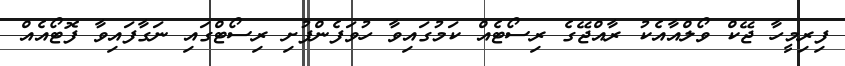
ފިރިމީހާ ޖޭކް ވޯލްއާއެކު ރާއްޖޭގެ ރިސޯޓެއް ކަމުގައިވާ ހުވަފެންފުށި ރިސޯޓްގައި ނަގާފައިވާ ފޮޓޯއެއް